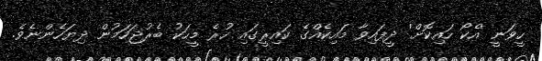
ހީވަނީ 'އެކޯ ހައިކޮށް' ދީފައިވާ މައިކެއްގެ ކައިރީގައި ހުރެ މީހަކު ބެރުޖަހަމުން ދިޔަހެންނެވެ.